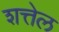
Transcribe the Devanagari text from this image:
शत्तेल